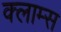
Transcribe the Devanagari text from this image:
क्लाम्स